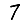
Digit: 7